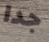
جدا